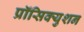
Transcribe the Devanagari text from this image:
प्रॉसिक्युशन